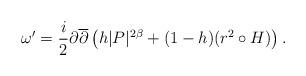
LaTeX: \begin{align*} \omega' = \frac{i}{2} \partial \overline{\partial} \left(h|P|^{2\beta} + (1-h)(r^2 \circ H) \right) .\end{align*}